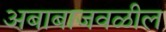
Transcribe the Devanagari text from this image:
अबाबाजवळील